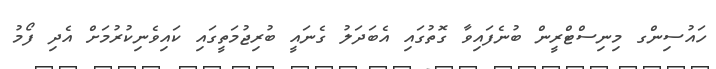
ހައުސިންގ މިނިސްޓްރީން ބުނެފައިވާ ގޮތުގައި އެބަދަލު ގެނައީ ބުރިޖުމަތީގައި ކައިވެނިކުރުމަށް އެދި ފޯމު